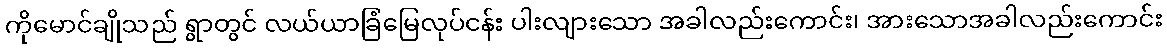
ကိုမောင်ချိုသည် ရွာတွင် လယ်ယာခြံမြေလုပ်ငန်း ပါးလျားသော အခါလည်းကောင်း၊ အားသောအခါလည်းကောင်း